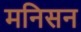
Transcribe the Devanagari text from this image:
मनिसन